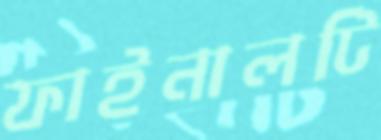
ফাইনালটি